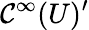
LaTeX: {\mathcal{C}}^{\infty}(U)^{\prime}